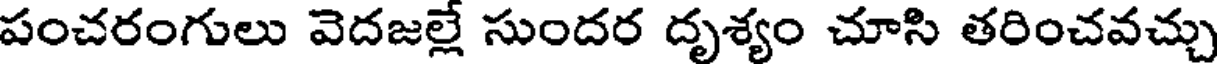
పంచరంగులు వెదజల్లే సుందర దృశ్యం చూసి తరించవచ్చు